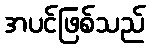
အပင်ဖြစ်သည်